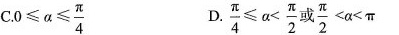
C.0≤α≤\frac{π}{4} D.\frac{π}{4}≤α<\frac{π}{2}或\frac{π}{2}<α<π